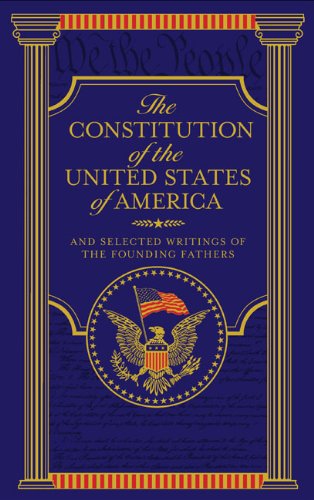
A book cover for The Constitution of the United States of America: And Selected Writings of the Founding Fathers; Various Authors; Law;